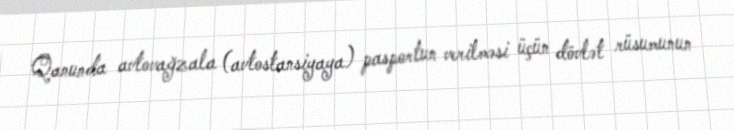
Qanunda avtovağzala (avtostansiyaya) pasportun verilməsi üçün dövlət rüsumunun